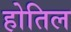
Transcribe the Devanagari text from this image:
होतिल